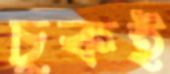
চুকই